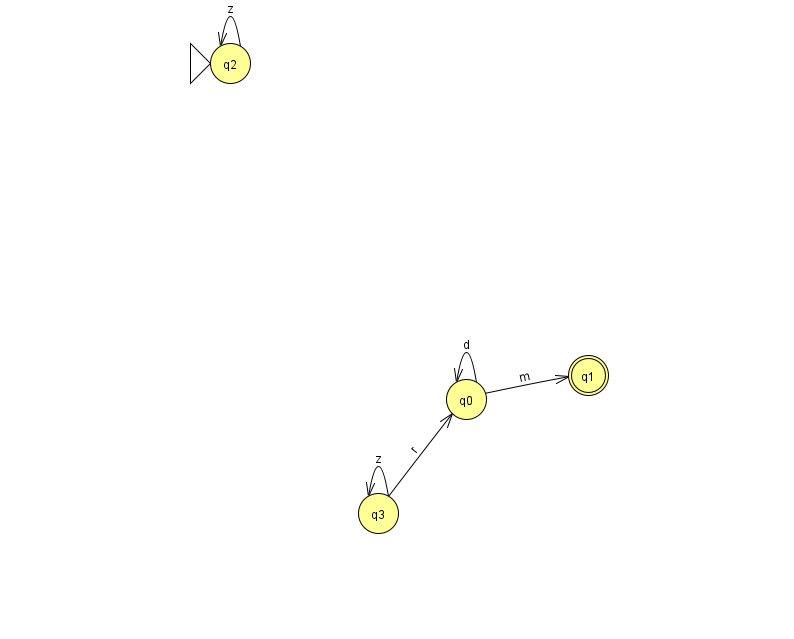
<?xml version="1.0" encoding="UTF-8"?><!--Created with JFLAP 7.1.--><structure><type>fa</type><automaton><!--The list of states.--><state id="0" name="q0"><x>466.0</x><y>386.0</y></state><state id="1" name="q1"><x>588.0</x><y>362.0</y><final/></state><state id="2" name="q2"><x>230.0</x><y>50.0</y><initial/></state><state id="3" name="q3"><x>378.0</x><y>500.0</y></state><!--The list of transitions.--><transition><from>0</from><to>0</to><read>d</read></transition><transition><from>0</from><to>1</to><read>m</read></transition><transition><from>2</from><to>2</to><read>z</read></transition><transition><from>3</from><to>3</to><read>z</read></transition><transition><from>3</from><to>0</to><read>r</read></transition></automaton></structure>